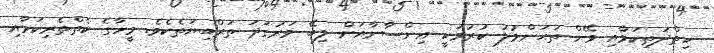
ހިތްދަތިކަމާއި ވޭން ތަޙަންމުލު ކުރުމަކީ އިންސާނާއަށް ލިބޭ ވަރުގަދަ ތަރްބިޔަތެކެވެ. މީހާގެ ކެތްތެރިކަމާއި